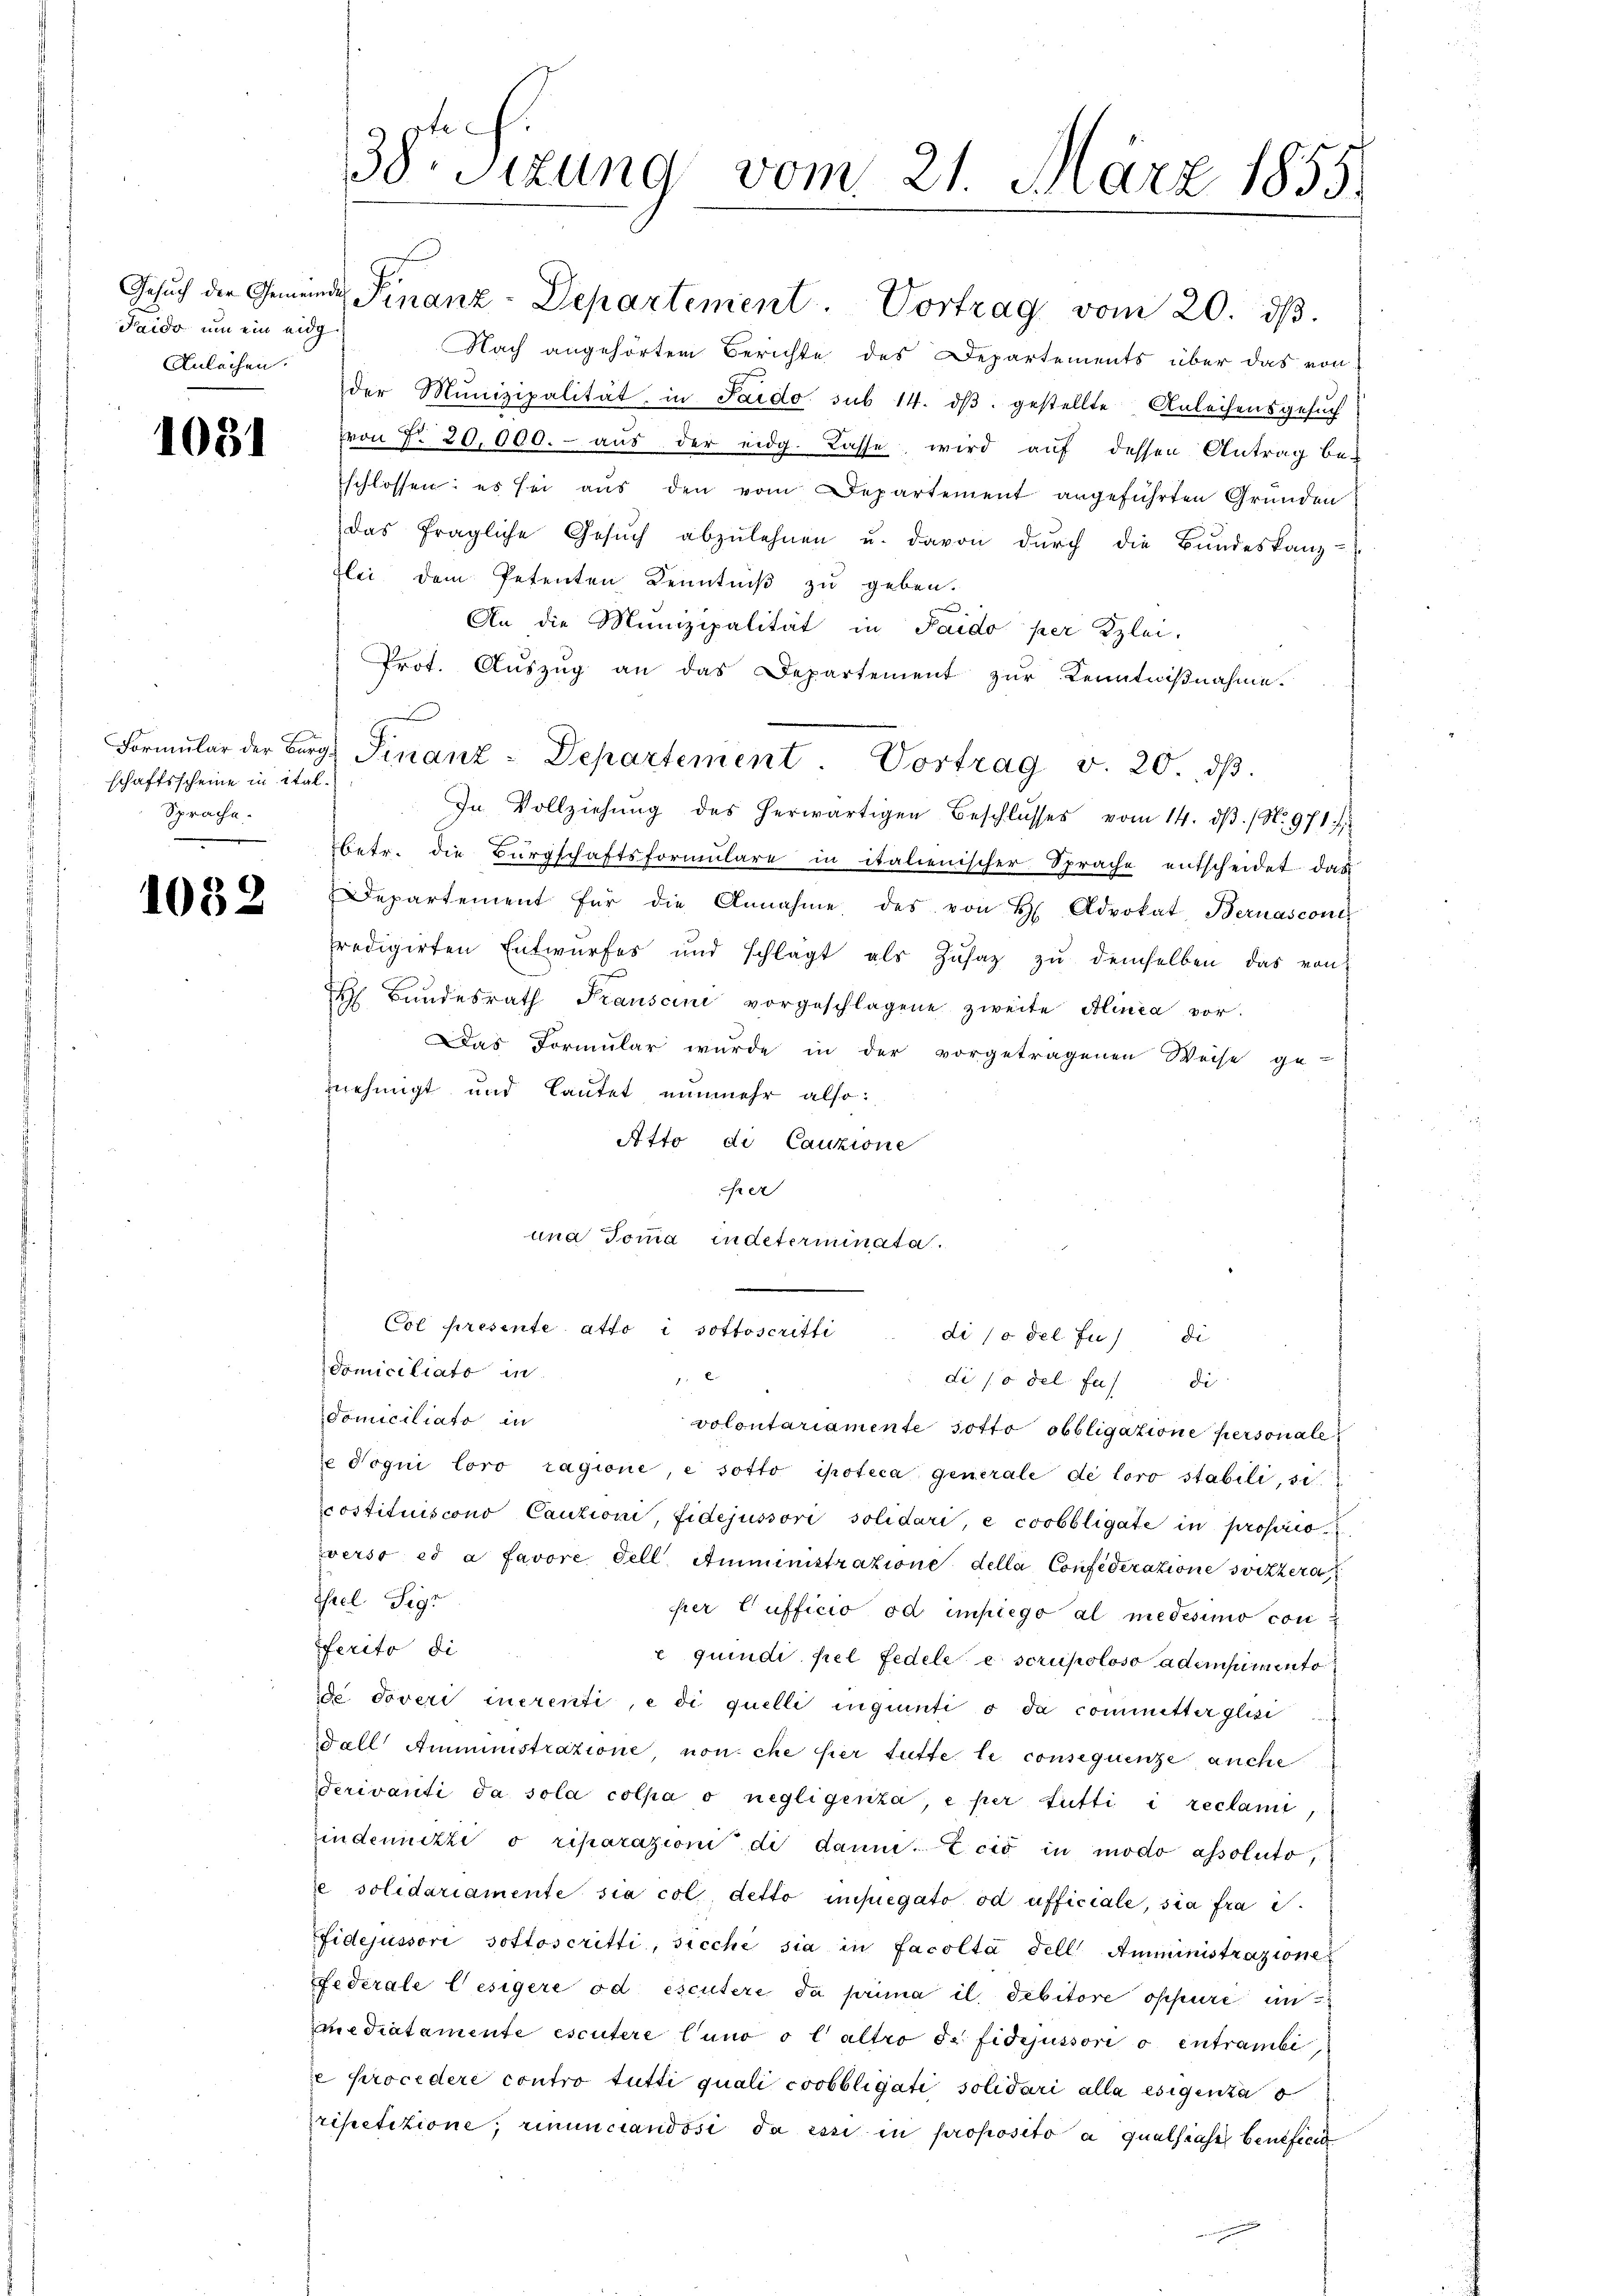
Faido um ein eidg
Anleihen.

1081

schaftsscheine in ital¬
Sprache.

1032

38. Sizung vom 21. März 1855.

Gesŭch der Gemeindes Finanz-Departement. Vortrag vom 20. dβ.
Nach angehörten Berichte des Departements über das von
der Munizipalität, in Pardo sub 14. dβ. gestellte Anleihensgesuch
ron No. 20,000.- aus der eidg. Kasse wird auf dessen Antrag be-
schlossen: es sei aus den vom Departement angeführten Gründen
das fragliche Gesŭch abzulehnen u. davon dŭrch die Bundeskanz-
zlei dem Petenten Kenntniß zu geben.
An die Munizipalität in Paido per Zzlei-
Prot. Aŭszŭg an das Departement zur Kenntnißnahme.
In Vollziehŭng des herwärtigen Beschlŭsses vom 14. dβ. (N. 971
betr. die Bürgschaftsformulare in italienischer Sprache entscheidet das
Departement für die Annahme des von H. Advokat Bernasconi
predigirten Entwurfes und schlägt als Zŭsatz zŭ demselben das von
Bundesrath Transcini vorgeschlagene zweite Alinea vor.
Das Formular wurde in der vorgetragenen Weise ge-
nehmigt und lautet nunmehr also:
Atto di Cauzione
ihrer
una Tomma indeterminata.
Col presente atto i sottoscritti di / del u di
domiciliato in
 2 x
di so del fas di
domiciliato in
volontariamente sotto obbligatione personale
e Sogni loro ragione, e sotto ipoteca generale de loro stabili, si
costituiscono Cautioni, fidejussori solidari, e coobbligate in proprio
verst es a favore dell Amministratione della Confederatione svizzera,
Shael Sigr
per Cufficio da impiego al medesimo con
ferito di
e quindi pel Fedele e scrupoloso adeismento
de doveri inerenti, e di quelli ingrenti o da committerglisi
Fall Amministrazione, non che hier tutte le consequenze auche
erivanti da sola colpa o negligenza, e per tutti i reclami
indemnitzi o riparazioni di dann. Ecio in modo assoluto,
ze solidariamente sia col, detto impiegato od afficiale, sia fra e
Pfidejussori sottoscritti, sicche sia in facolta dell Amministrazione
Federale lesigere od escutere da prima il debitore oppure un
mediatamente escutere Cuno o l’altro de fidejussori o entrambi
e Procedere contro tutti quali coobbligati solidari alla esigenta o
ripetitione; rinunciandosi da er in proposito a qualsiast befind

Formŭlar der Berg. Finanz-Departement. Vortrag v. 20. dβ.